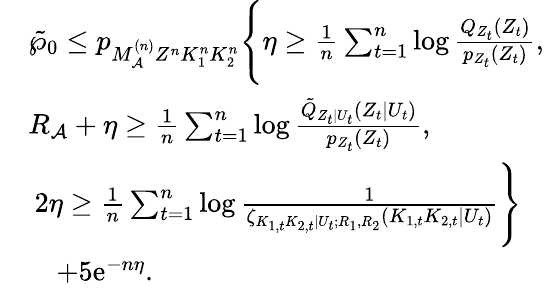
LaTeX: \begin{array}{rl}&{\tilde{\wp}_{0}\leq p_{M_{\cal A}^{(n)}Z^{n}K_{1}^{n}K_{2}^{n}}\Biggl\{ \eta\geq\frac{1}{n}\sum_{t=1}^{n}\log\frac{Q_{{Z}_{t}}(Z_{t})}{p_{Z_{t}}(Z_{t})},}\\ &{R_{\cal A}+\eta\geq\frac{1}{n}\sum_{t=1}^{n}\log\frac{\tilde{Q}_{Z_{t}|U_{t}}(Z_{t}|U_{t})}{p_{Z_{t}}(Z_{t})},}\\ &{\: 2\eta\geq\frac{1}{n}\sum_{t=1}^{n}\log\frac{1}{\zeta_{K_{1,t}K_{2,t}|U_{t};R_{1},R_{2}}(K_{1,t}K_{2,t}|U_{t})}\Biggr\} }\\ &{\quad+5\mathrm{e}^{-n\eta}.}\end{array}